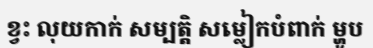
ខ្វះ លុយកាក់ សម្បត្តិ សម្លៀកបំពាក់ ម្ហូប